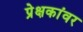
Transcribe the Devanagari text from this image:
प्रेक्षकांवर